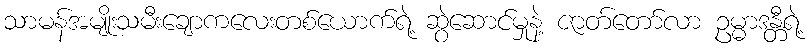
သာမန်အမျိုးသမီးချောကလေးတစ်ယောက်ရဲ့ ဆွဲဆောင်မှုနဲ့ ဇာတ်တော်လာ ဥမ္မာဒန္တီရဲ့